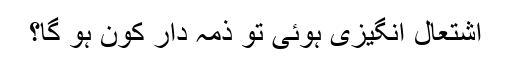
اشتعال انگیزی ہوئی تو ذمہ دار کون ہو گا؟